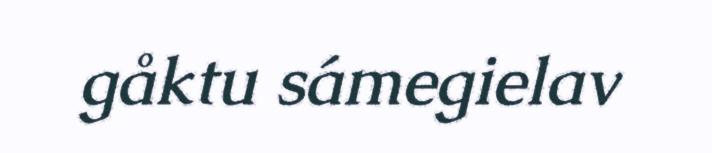
gåktu sámegielav